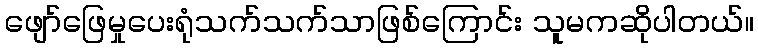
ဖျော်ဖြေမှုပေးရုံသက်သက်သာဖြစ်ကြောင်း သူမကဆိုပါတယ်။